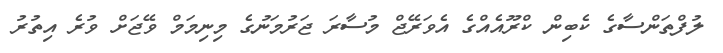
ލުފްތަންސާގެ ކެބިން ކްރޫއެއްގެ އެވަރޭޖް މުސާރަ ޖަރުމަނުގެ މިނިމަމް ވޭޖަށް ވުރެ އިތުރު